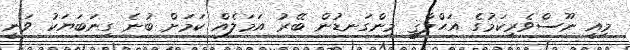
މިއީ ނޫސްވެރިކަމުގެ އަޙްލާޤީ މިންގަނޑުން ބޭރު އަމަލެއް ކަމަށް ބުނެ ގިނަބަޔަކު ވަނީ